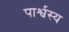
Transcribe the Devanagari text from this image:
पार्श्वस्य